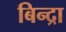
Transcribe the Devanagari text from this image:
बिन्द्रा